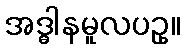
အဒ္ဓါနမူလပဥှ။